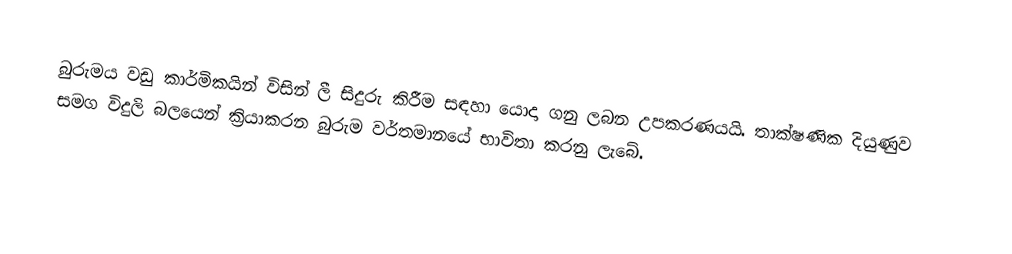
බුරුමය වඩු කාර්මිකයින් විසින් ලී සිදුරු කිරීම සඳහා යොදා ගනු ලබන උපකරණයයි. තාක්ෂණික දියුණුව සමග විදුලි බලයෙන් ක්‍රියාකරන බුරුම වර්තමානයේ භාවිතා කරනු ලැබේ.